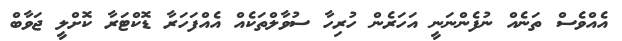
އެއްވެސް ތަނެއް ނުފެންނަނީ އަހަރެން ހުރިހާ ސުވާލްތަކެއް އެއްފަހަރާ ޑޮކްޓަރާ ކޮށްލީ ޖަވާބް